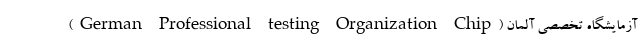
آزمایشگاه تخصصی آلمان (German Professional testing Organization Chip)